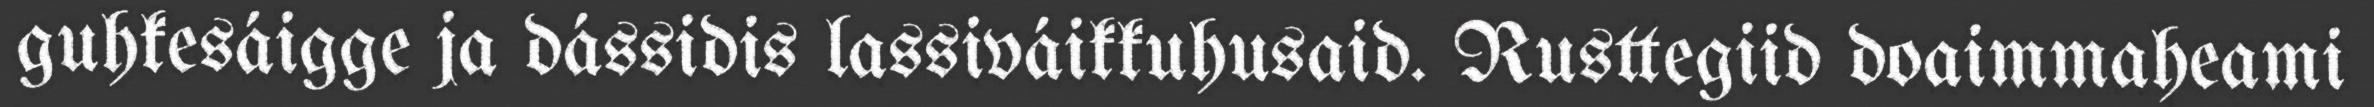
guhkesáigge ja dássidis lassiváikkuhusaid. Rusttegiid doaimmaheami